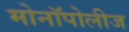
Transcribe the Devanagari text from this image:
मोनॉपोलीज